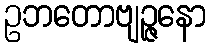
ဥဘတောဗျဉ္ဇနော